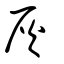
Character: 灰